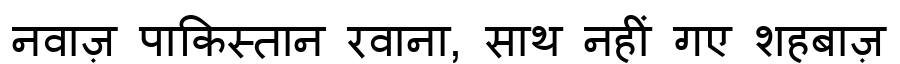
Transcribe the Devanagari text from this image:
नवाज़ पाकिस्तान रवाना, साथ नहीं गए शहबाज़